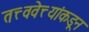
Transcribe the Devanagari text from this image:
तत्त्ववेत्त्यांकडून